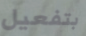
بتفعيل